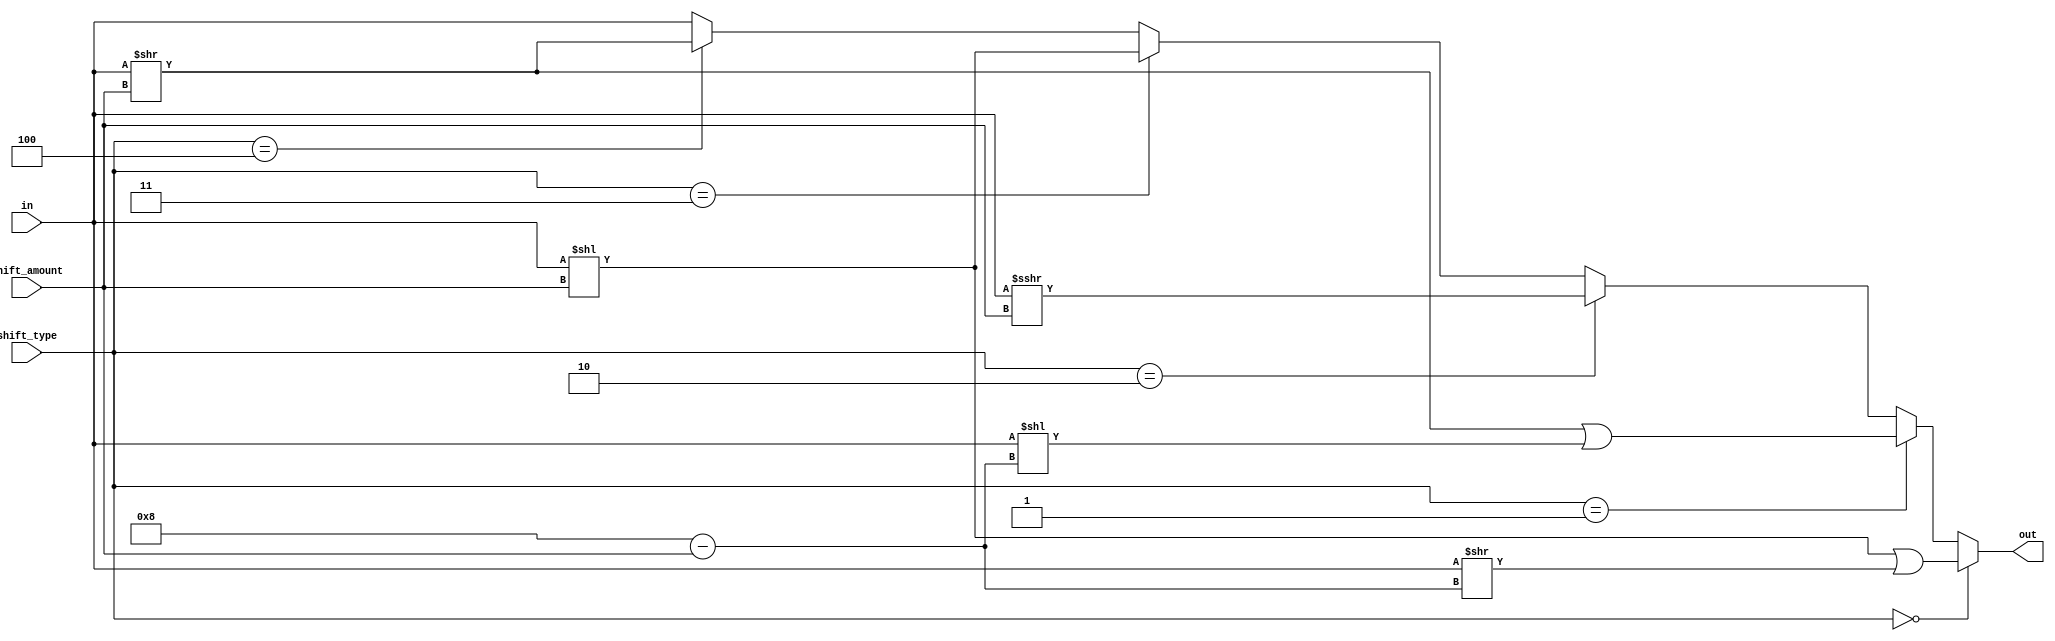
module Shift_Register(in,shift_amount,shift_type,out);

input [7:0] in;
input [4:0] shift_amount; 
input [2:0] shift_type; 
output reg [7:0] out;  

always @(in,shift_type,shift_amount) 
begin 
	if (shift_type == 3'b000) 
		out = ((in << shift_amount) | (in >> (5'b01000-shift_amount))); // rotate left 			
	else if (shift_type == 3'b001) 
		out = ((in >> shift_amount) | (in << (5'b01000-shift_amount))); // rotate right 				
	else if (shift_type == 3'b010) 
		out = $signed(in) >>> shift_amount; // arithmetic shift right 	 
	else if (shift_type == 3'b011)  
		out = in << shift_amount; // logical shift left	
	else if (shift_type == 3'b100) 
		out = in >> shift_amount; // logical shift right  
	else 
		out = in; 
end 
endmodule